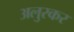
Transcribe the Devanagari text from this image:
अलुरकर